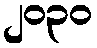
၂၀၃၀